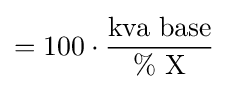
=100\cdot {\frac {\text{kva base}}{\%{\text{ X}}}}